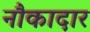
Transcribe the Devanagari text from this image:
नौकादार